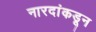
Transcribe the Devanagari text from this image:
नारदांकडून